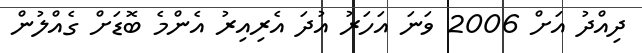
ދިއްދު އަށް 2006 ވަނަ އަހަރު އުދަ އެރިއިރު އެންމެ ބޮޑަށް ގެއްލުން